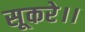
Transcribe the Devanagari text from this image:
सूकरे।।